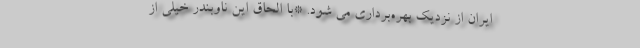
ایران از نزدیک بهره‌برداری می شود. *با الحاق این ناوبندر خیلی از